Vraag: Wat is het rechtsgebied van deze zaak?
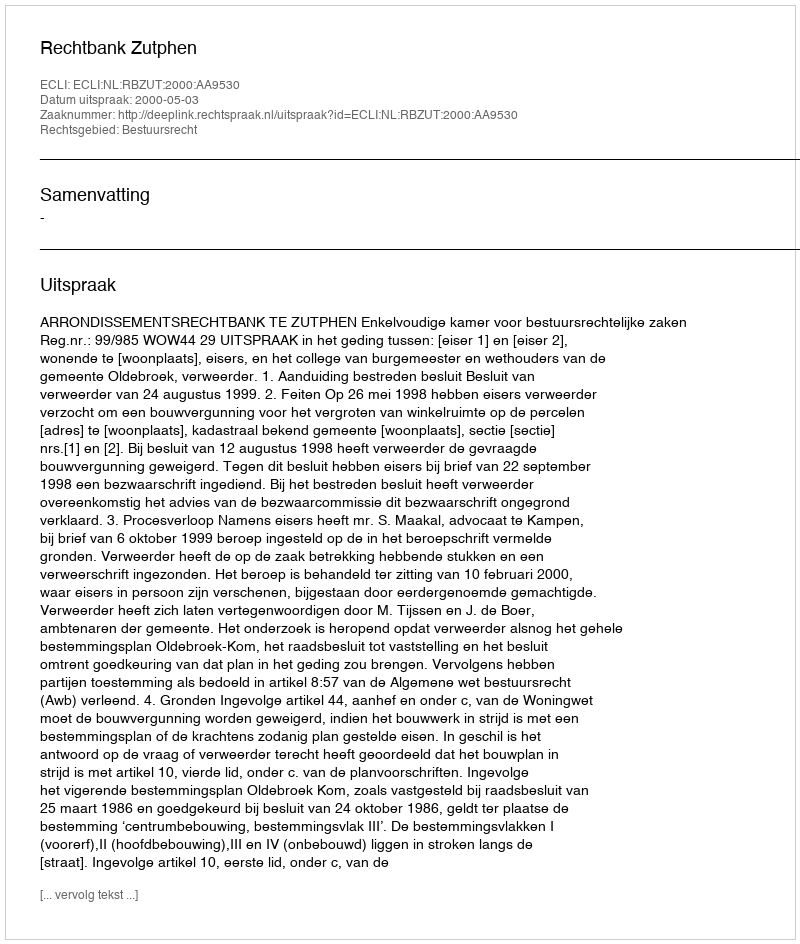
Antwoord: Bestuursrecht